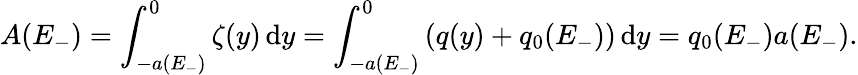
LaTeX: A(E_{-})=\int_{-a(E_{-})}^{0}\zeta(y)\, \mathrm{d}y=\int_{-a(E_{-})}^{0}\left(q(y)+q_{0}(E_{-})\right)\, \mathrm{d}y=q_{0}(E_{-})a(E_{-}).